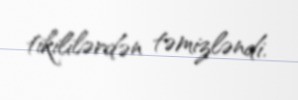
tikililərdən təmizləndi.